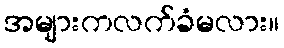
အများကလက်ခံမလား။